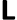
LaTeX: \boldsymbol{\mathsf{L}}